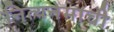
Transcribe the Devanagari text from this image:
नित्यनेमाची